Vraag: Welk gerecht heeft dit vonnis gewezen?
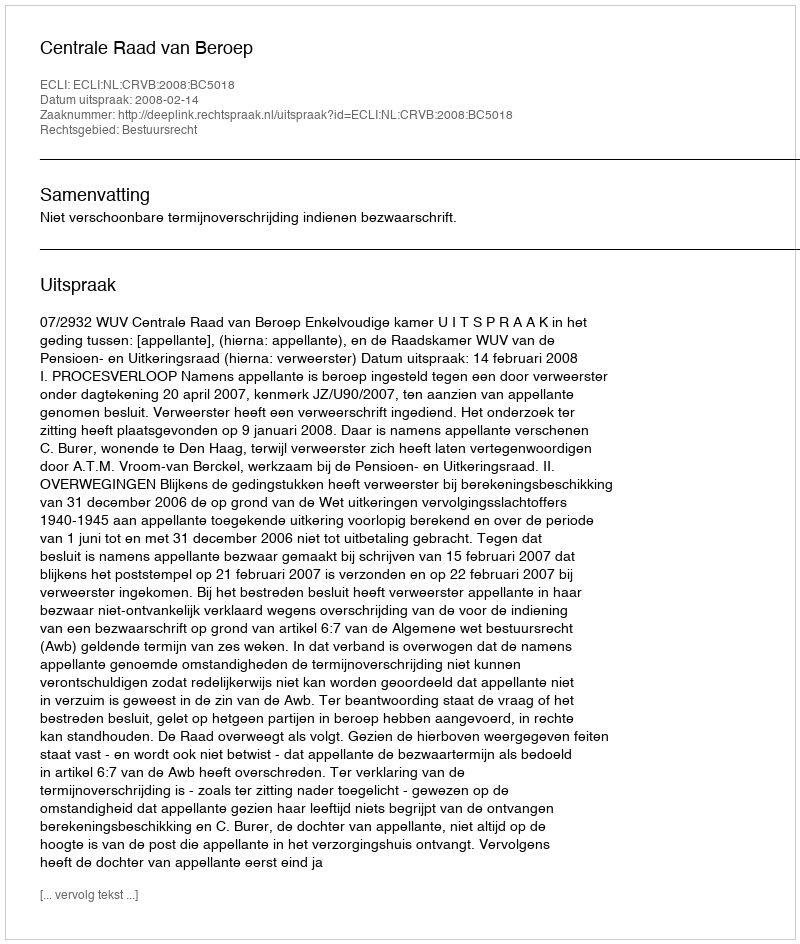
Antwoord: Centrale Raad van Beroep